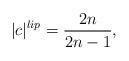
LaTeX: \begin{align*}|c|^{lip}=\frac{2n}{2n-1},\end{align*}